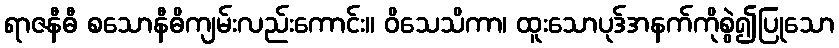
ရာဇနီဓီ စသောနီဓိကျမ်းလည်းကောင်း။ ဝိသေသိကာ၊ ထူးသောပုဒ်အနက်ကိုစွဲ၍ပြုသော